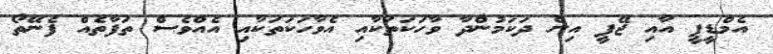
އެމްޑީޕީ އާއި ޖޭޕީ އިން ދަކަމުންދާ ވާހަކަތަކާއި އެވާހަކަތަކާއި އެއްވެސް ތަފާތެއް ފެނޭތޯ